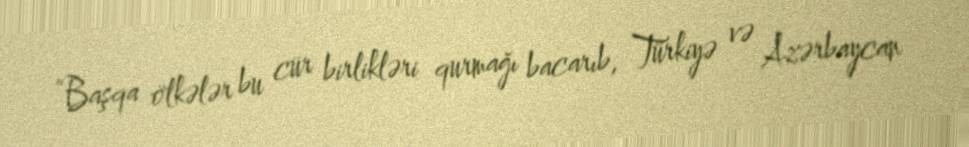
“Başqa ölkələr bu cür birlikləri qurmağı bacarıb, Türkiyə və Azərbaycan